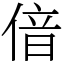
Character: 偣